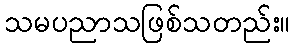
သမပညာသဖြစ်သတည်း။